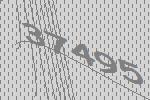
37495